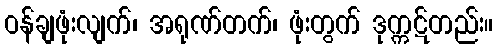
ဝန်ချဖုံးလျက်၊ အရုဏ်တက်၊ ဖုံးတွက် ဒုက္ကဋ်တည်း။